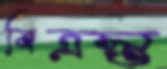
বিত্রস্ত